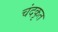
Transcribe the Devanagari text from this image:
चंदकृत